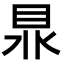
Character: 𥅀